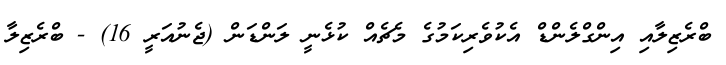
ބްރެޒިލާއި އިންގްލެންޑް އެކުވެރިކަމުގެ މެޗެއް ކުޅެނީ ލަންޑަން (ޖެނުއަރީ 16) - ބްރެޒިލާ